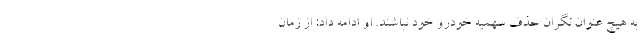
به هیچ عنوان نگران حذف سهمیه خودرو خود نباشند. او ادامه داد: از زمان